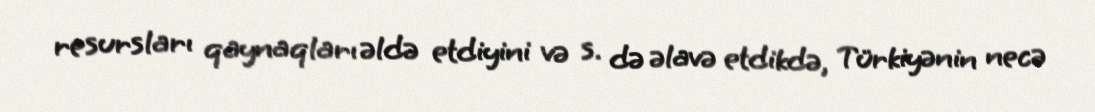
resursları qaynaqları əldə etdiyini və s. də əlavə etdikdə, Türkiyənin necə